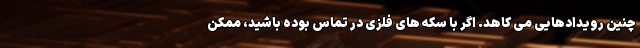
چنین رویدادهایی می کاهد. اگر با سکه های فلزی در تماس بوده باشید، ممکن